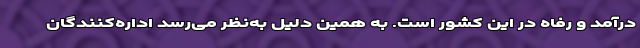
درآمد و رفاه در این کشور است. به همین دلیل به‌نظر می‌رسد اداره‌کنندگان